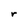
Character: r